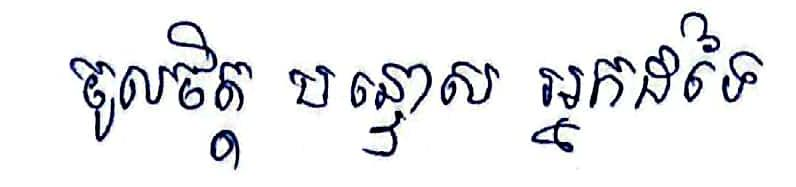
ចូលចិត្ត បន្ទោស អ្នកដទៃ